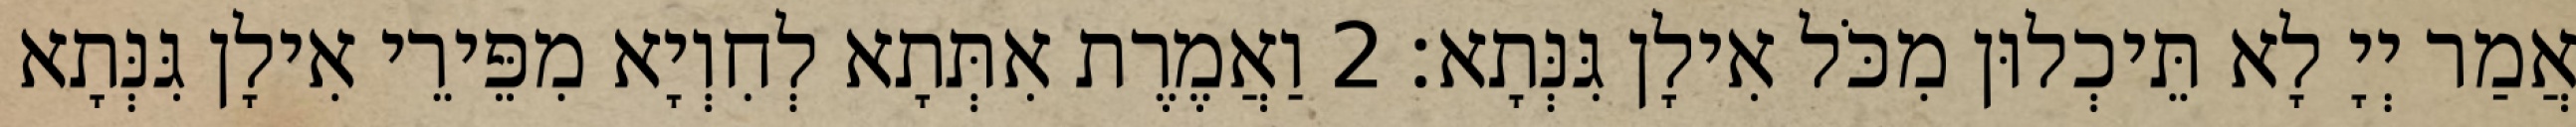
אֲמַר יְיָ לָא תֵּיכְלוּן מִכֹּל אִילָן גִּנְּתָא׃ 2 וַאֲמֶרֶת אִתְּתָא לְחִוְיָא מִפֵּירֵי אִילָן גִּנְּתָא